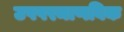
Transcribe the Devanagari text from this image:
उपपरमाणविक